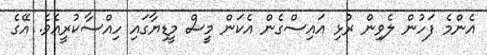
އެންމެ ފަހުން ލެވިން ރުޅި އައިސްގެން އެކަން މީސް މީޑިޔާގައި ހިއްސާކުރީއެވެ. އޭގެ